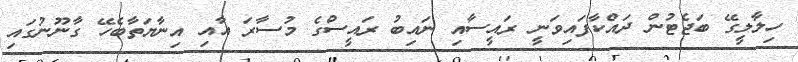
ހިލާލީގޭ ބަޖެޓުން ދައްކާފައިވަނީ ރައީސާއި ނައިބު ރައީސްގެ މުސާރަ އާއި އިނާޔަތާބެހޭ ގާނޫނުގައި